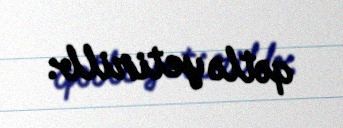
qətlə yetirilb.